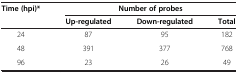
| Time (hpi)* | <COLSPAN=3> Number of probes |
 |  | Up-regulated | Down-regulated | Total |
 | --- | --- | --- | --- |
 | 24 | 87 | 95 | 182 |
 | 48 | 391 | 377 | 768 |
 | 96 | 23 | 26 | 49 |